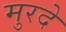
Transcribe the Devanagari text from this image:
मुरदे